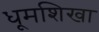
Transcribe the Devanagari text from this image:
धूमशिखा